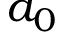
a _ { 0 }